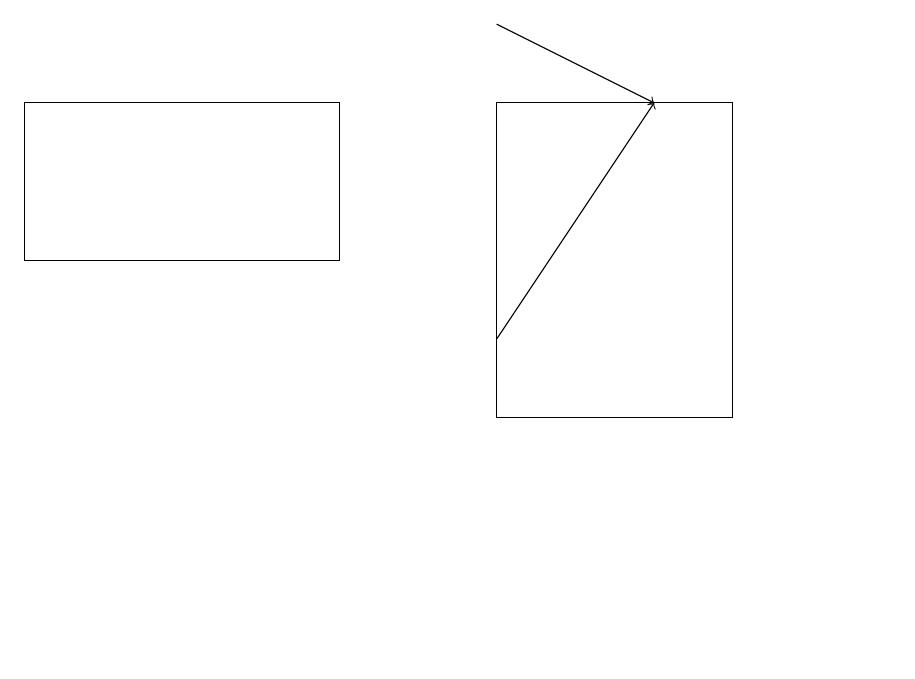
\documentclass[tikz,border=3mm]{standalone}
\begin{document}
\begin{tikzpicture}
\draw[->] (6,19) -- (8,18);
\draw (4,18) rectangle (0,16);
\draw (11,11) circle (0);
\draw[->] (6,15) -- (8,18);
\draw (9,18) rectangle (6,14);
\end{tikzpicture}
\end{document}